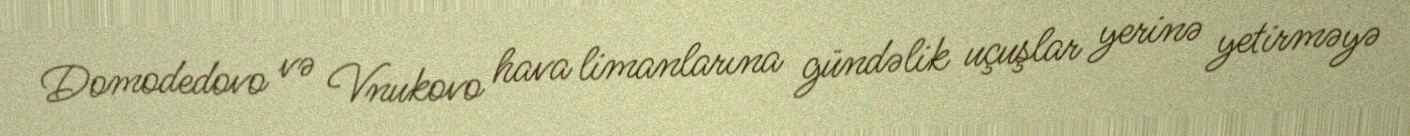
Domodedovo və Vnukovo hava limanlarına gündəlik uçuşlar yerinə yetirməyə